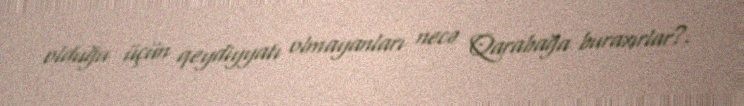
olduğu üçün qeydiyyatı olmayanları necə Qarabağa buraxırlar?.